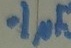
Text: .1µF